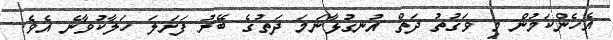
އެހެންކަމުން މި ވަގުތު ދަތް އުނގުޅާނަމަ ދަތުގެ ބޭރު ފަށަލަ ހަލާކުވާނެ އެވެ.